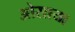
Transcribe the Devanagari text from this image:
ओसाया